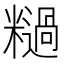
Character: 𫃓